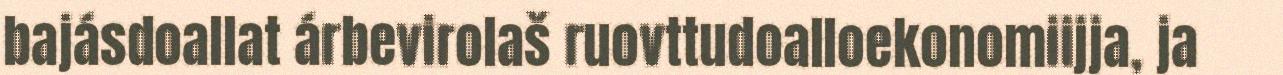
bajásdoallat árbevirolaš ruovttudoalloekonomiijja, ja